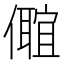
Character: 𠐅